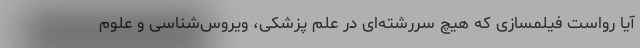
آیا رواست فیلمسازی که هیچ سررشته‌ای در علم پزشکی، ویروس‌شناسی و علوم